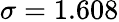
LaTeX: \sigma=1.608